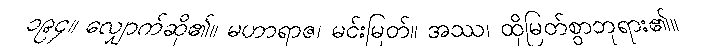
၁၉၄။ လျှောက်ဆို၏။ မဟာရာဇ၊ မင်းမြတ်။ အဿ၊ ထိုမြတ်စွာဘုရား၏။